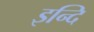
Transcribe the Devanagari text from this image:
इन्दि